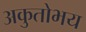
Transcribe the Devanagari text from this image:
अकुतोभय